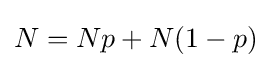
N=Np+N(1-p)